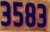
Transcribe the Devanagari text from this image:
३५८३